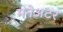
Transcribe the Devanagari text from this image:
मनेअटर